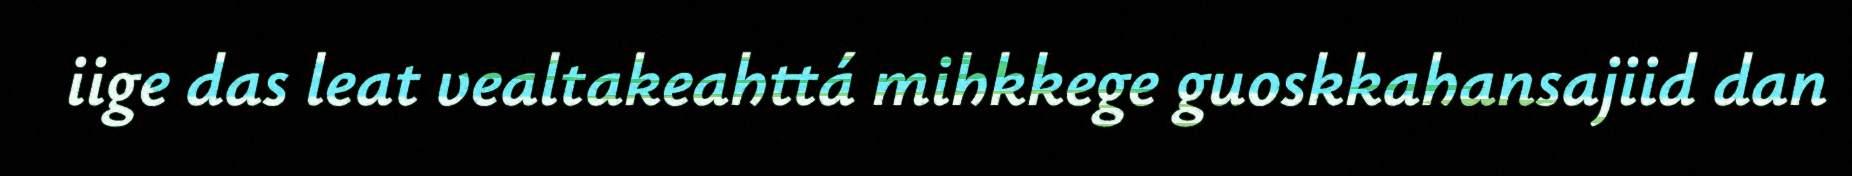
iige das leat vealtakeahttá mihkkege guoskkahansajiid dan